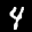
Label: 4